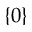
\left\{ 0 \right\}